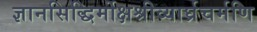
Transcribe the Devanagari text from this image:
ज्ञानसिद्धिर्मोक्षश्रीव्यार्घ्रचर्मणि